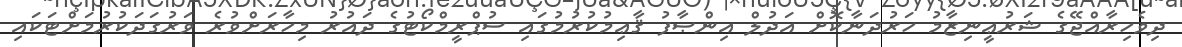
ދިވެހިރާއްޖޭގެ ޝަރުޢީނިޒާމު ހަރުދަނާކޮށް އަދުލް އިންޞާފު ޤާޢިމުކުރުމުގައި ސުޕްރީމްކޯޓުގެ ދައުރު މިހާރަށްވުރެ ވަރުގަދަކުރުމަށްޓަކައި